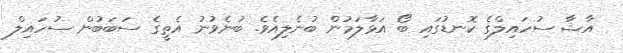
އާޝާ ސުހައިލްގެ ކޮނޑުގައި ބޯ އަޅާލަމުން ބުނެލިއެވެ. ބުނެވުނު އެތީގެ ސަބަބުން ސުހައިލް